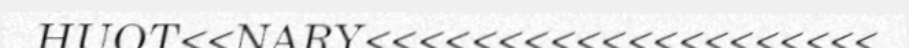
HUOT<<NARY<<<<<<<<<<<<<<<<<<<<